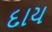
દાય